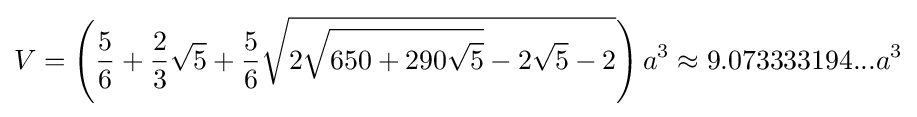
V=\left({\frac {5}{6}}+{\frac {2}{3}}{\sqrt {5}}+{\frac {5}{6}}{\sqrt {2{\sqrt {650+290{\sqrt {5}}}}-2{\sqrt {5}}-2}}\right)a^{3}\approx 9.073333194...a^{3}